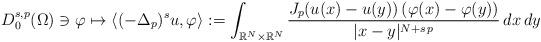
LaTeX: \begin{align*}D^{s,p}_0(\Omega)\ni \varphi\mapsto \langle (-\Delta_p)^s u, \varphi\rangle:=\int_{\mathbb{R}^N\times \mathbb{R}^N}\frac{J_p(u(x)-u(y))\,(\varphi(x)-\varphi(y))}{|x-y|^{N+s\,p}}\, dx\, dy\end{align*}